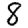
Digit: 8